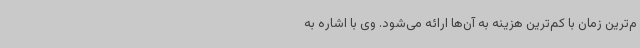
م‌ترین زمان با کم‌ترین هزینه به آن‌ها ارائه می‌شود. وی با اشاره به